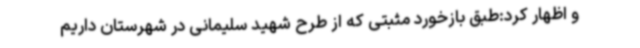
و اظهار کرد:طبق بازخورد مثبتی که از طرح شهید سلیمانی در شهرستان داریم